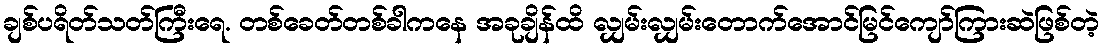
ချစ်ပရိတ်သတ်ကြီးရေ. တစ်ခေတ်တစ်ခါကနေ အခုချိန်ထိ လျှမ်းလျှမ်းတောက်အောင်မြင်ကျော်ကြားဆဲဖြစ်တဲ့